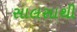
સાલસાથી